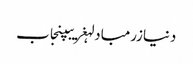
دنیازرمبادلہغریبپنجاب